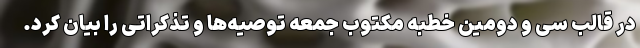
در قالب سی و دومین خطبه مکتوب جمعه توصیه‌ها و تذکراتی را بیان کرد.